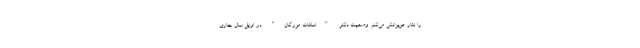
را نثار عزیزانش می‌کنم. وضعیت دکتر "اسکات مورگان" در اوایل سال جاری